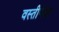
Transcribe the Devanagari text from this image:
वस्तीपेक्षा